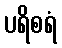
ပရိစရံ